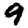
Digit: 9